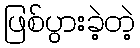
ဖြစ်ပွားခဲ့တဲ့